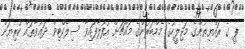
ޕީ ގެ ރައްޔިތުންގެ މަޖިލީހުގެ މެމްބަރުންގެ މައްޗަށް އުފުލާފައިވާ ސިލެކްޓިވް ދަޢުވާތައް ކުރިޔަށް